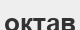
октав